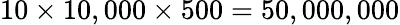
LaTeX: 10\times 10,000\times 500=50,000,000